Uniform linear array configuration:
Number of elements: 16
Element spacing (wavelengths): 0.75
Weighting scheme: exponential
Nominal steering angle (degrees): -45
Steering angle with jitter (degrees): -45.61
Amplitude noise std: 0.05
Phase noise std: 0.05

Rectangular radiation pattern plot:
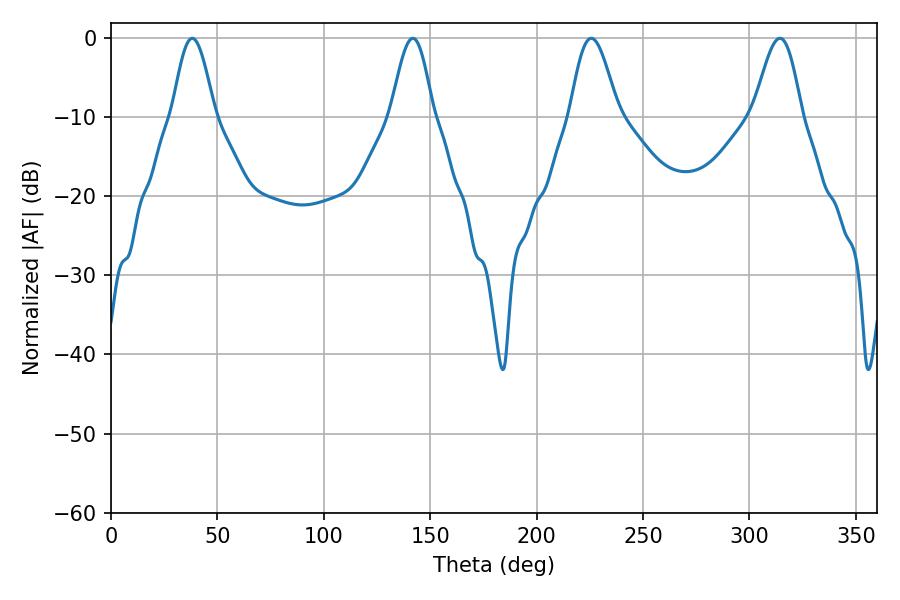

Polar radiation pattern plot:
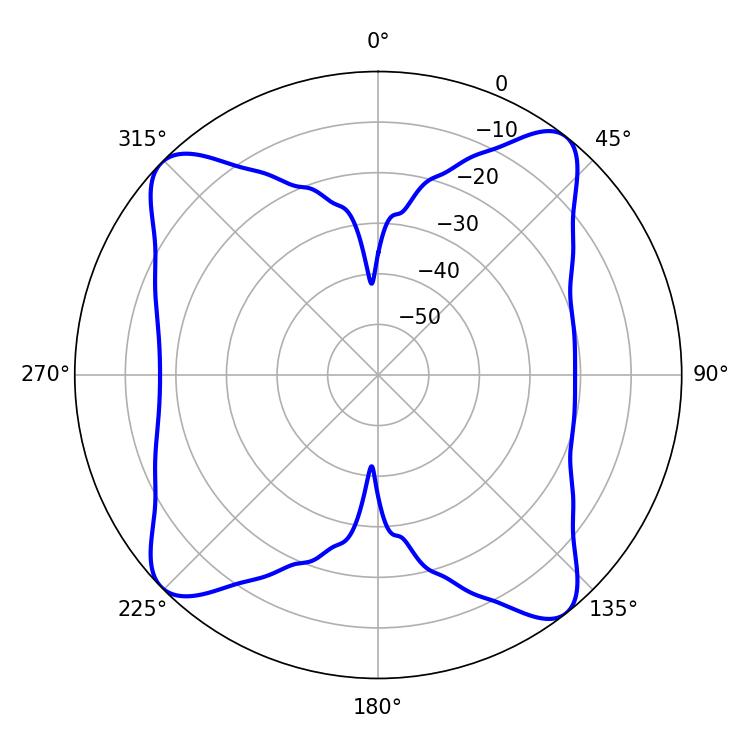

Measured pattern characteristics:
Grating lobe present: TRUE
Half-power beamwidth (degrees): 10.44
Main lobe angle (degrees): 38.16